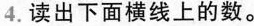
4.读出下面横线上的数。